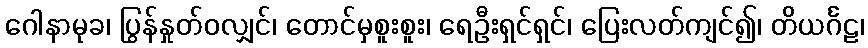
ဂေါနာမုခ၊ ပြွန်နှုတ်ဝလျှင်၊ တောင်မှစူးစူး၊ ရေဦးရှင်ရှင်၊ ပြေးလတ်ကျင်၍၊ တိယင်္ဂဠ၊